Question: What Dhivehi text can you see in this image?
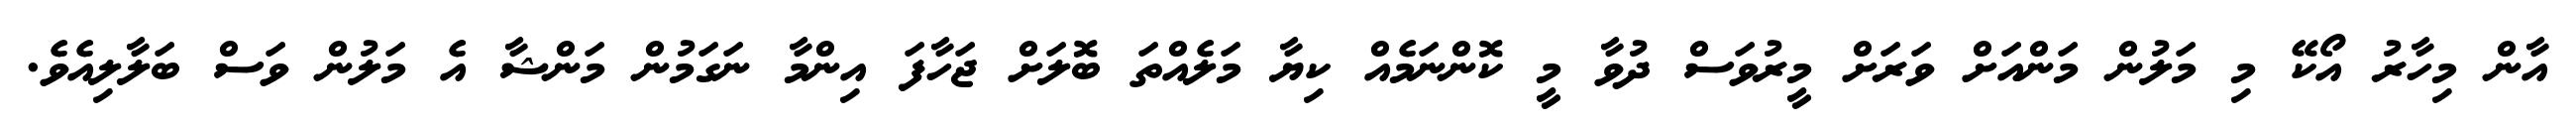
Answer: އާން މިހާރު އޯކޭ މި މަލުން މަންއަށް ވަރަށް މީރުވަސް ދުވާ މީ ކޮންނަމެއް ކިޔާ މަލެއްތަ ބޮލަށް ޖަހާފަ އިންމާ ނަގަމުން މަންޝާ އެ މަލުން ވަސް ބަލާލިއެވެ.